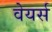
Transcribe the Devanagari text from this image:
वेयर्स